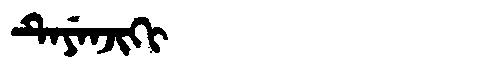
Manchu: ᡨᡝᠶᡝᠨᠵᡳᡴᡳ
Romanization: TEYENJIKI